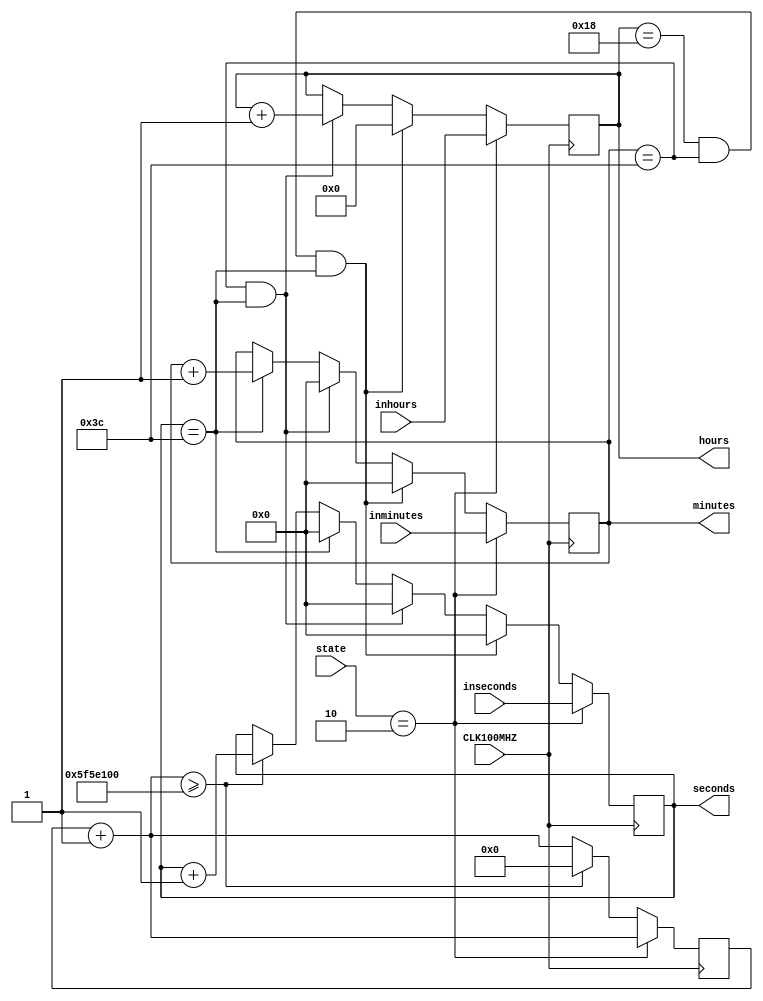
module time_counter(
    input CLK100MHZ,
    input [2:0] state,
    input [5:0] inseconds, //6 bits to hold up to 59
    input [5:0] inminutes, // 6 bits to hold up to 59
    input [4:0] inhours, // 5 bits to hold up to 24
    output  reg[5:0] seconds, //6 bits to hold up to 59
    output  reg[5:0] minutes, // 6 bits to hold up to 59
    output  reg[4:0] hours // 5 bits to hold up to 24
    );
    
    reg [26:0] count = 0; //27 bits to count up to 100 million
    
    initial begin
        seconds = 0;
        minutes = 0;
        hours = 0;
    end
    
    always @ (posedge CLK100MHZ)
    begin
    count = count + 1;
    //State for setting the time is 01, so if this is the current statem set the regs
        if(state == 2'b010)
        begin
            seconds = inseconds;
            minutes = inminutes;
            hours = inhours;
        end 
        else begin
            if(count >= 100000000) // If count == 100 million, then reset count+increment seconds
            begin
                count <= 0;
                seconds <= seconds + 1;
            end
            if(hours == 24 && minutes == 60 && seconds == 60) 
            // Once there reaches 23:59:59 hours, then reset back to 0
            begin
                hours <= 0;
                minutes <= 0;
                seconds <= 0;
            end
            else if(minutes == 60 && seconds == 60) 
            // If there have been 59 minutes , 59 seconds , then reset minutes and increment hour
            begin 
                minutes <= 0;
                seconds <= 0;
                hours <= hours +1;
            end
            else if(seconds == 60) 
            // If there have been 59 seconds then reset seconds and increment minutes
            begin    
                seconds <= 0;
                minutes <= minutes +1;
            end
        end
    end
    
endmodule